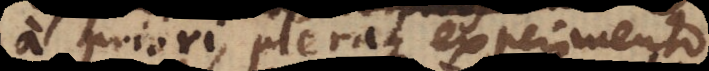
a priori, pleraque experimento